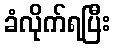
ခံလိုက်ရပြီး